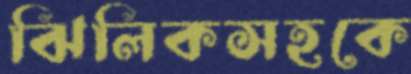
ঝিলিকসহকে